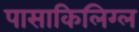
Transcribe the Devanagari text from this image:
पासाकिलिग्ल